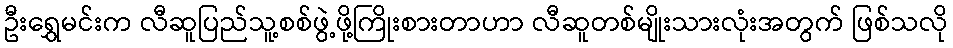
ဦးရွှေမင်းက လီဆူပြည်သူ့စစ်ဖွဲ့ဖို့ကြိုးစားတာဟာ လီဆူတစ်မျိုးသားလုံးအတွက် ဖြစ်သလို